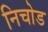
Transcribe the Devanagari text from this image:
निचोड